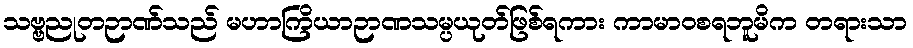
သဗ္ဗညုတဉာဏ်သည် မဟာကြိယာဉာဏသမ္ပယုတ်ဖြစ်ရကား ကာမာဝစရဘူမိက တရားသာ